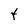
Character: t